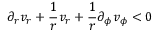
\partial _ { r } v _ { r } + \frac { 1 } { r } v _ { r } + \frac { 1 } { r } \partial _ { \phi } v _ { \phi } < 0